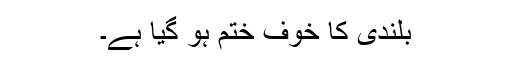
بلندی کا خوف ختم ہو گیا ہے۔